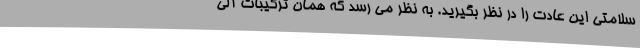
سلامتی این عادت را در نظر بگیرید. به نظر می رسد که همان ترکیبات آلی